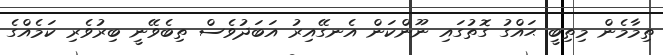
ތިމާމެން މިތިބީ ޙައްގު ގޮތުގައި ނޫންކަން އެނގޭއިރު އަބަދުވެސް ތިބެވޭނީ ބިރުވެރި ކަމެއްގެ